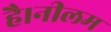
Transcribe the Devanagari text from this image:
है।नीलम